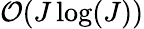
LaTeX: \mathcal{O}(J\log(J))